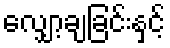
လျှော့ချခြင်းနှင့်